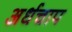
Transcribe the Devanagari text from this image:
अर्धचाप